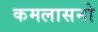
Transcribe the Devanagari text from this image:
कमलासनो